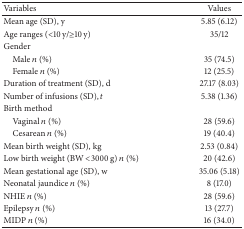
<table><thead><tr><td><b>Variables</b></td><td><b>Values</b></td></tr></thead><tbody><tr><td>Mean age (SD), y</td><td>5.85 (6.12) </td></tr><tr><td>Age ranges (&lt;10 y/≥10 y)</td><td>35/12</td></tr><tr><td>Gender</td><td> </td></tr><tr><td> Male <i>n</i> (%)</td><td>35 (74.5)</td></tr><tr><td> Female <i>n</i> (%)</td><td>12 (25.5)</td></tr><tr><td>Duration of treatment (SD), d</td><td>27.17 (8.03)</td></tr><tr><td>Number of infusions (SD), <i>t</i></td><td>5.38 (1.36)</td></tr><tr><td>Birth method</td><td> </td></tr><tr><td> Vaginal <i>n</i> (%)</td><td>28 (59.6)</td></tr><tr><td> Cesarean <i>n</i> (%)</td><td>19 (40.4)</td></tr><tr><td>Mean birth weight (SD), kg</td><td>2.53 (0.84) </td></tr><tr><td>Low birth weight (BW &lt;3000 g) <i>n</i> (%)</td><td>20 (42.6)</td></tr><tr><td>Mean gestational age (SD), w</td><td>35.06 (5.18)</td></tr><tr><td>Neonatal jaundice <i>n</i> (%)</td><td>8 (17.0)</td></tr><tr><td>NHIE <i>n</i> (%)</td><td>28 (59.6)</td></tr><tr><td>Epilepsy <i>n</i> (%)</td><td>13 (27.7)</td></tr><tr><td>MIDP <i>n</i> (%)</td><td>16 (34.0)</td></tr></tbody></table>